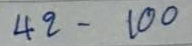
42 - 100